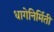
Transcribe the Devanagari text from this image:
धागेनिर्मिती